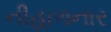
નીહાળનાર